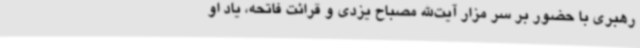
رهبری با حضور بر سر مزار آیت‌الله مصباح یزدی و قرائت فاتحه، یاد او